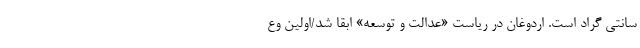
سانتی گراد است. اردوغان در ریاست «عدالت و توسعه» ابقا شد/اولین وع